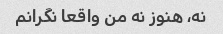
نه، هنوز نه من واقعا نگرانم